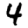
Digit: 4